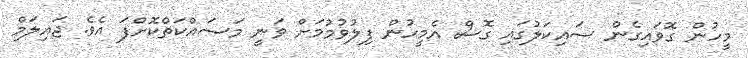
މީހުން ގޮވައިގެން ސައިކަލުގައި ގޮސް އެމީހުން ފިލުވުމުމަށް ވަނީ މަސައްކަތްކޮށްފަ އެވެ. ޖައިލަމް